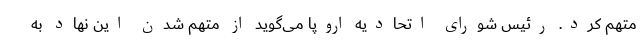
متهم کرد. رئیس شورای اتحادیه اروپا می‌گوید از متهم شدن این نهاد به